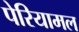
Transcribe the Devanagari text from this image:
पेरियामल